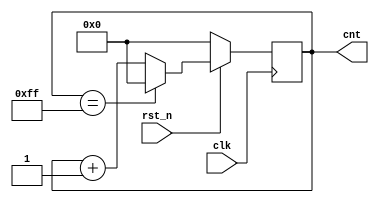
module counter2(clk,rst_n,cnt);
	input clk;
	input rst_n;
	output [7:0] cnt; //
	reg [7:0] cnt1;  //
	always @ (posedge clk)   // @
	begin : proc_
		if(~rst_n) begin
			 cnt1 <= 8'b0;//rst_n0 8'd0
		end
		else
			begin
				if(cnt1 == 8'b11111111)  //8'd255
				begin
					cnt1 <= 8'b0;
				end
				else
					begin
					cnt1 <= cnt + 1;
					end
			end
	end
	assign cnt = cnt1;
endmodule